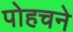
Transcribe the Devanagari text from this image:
पोहचने